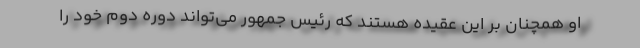
او همچنان بر این عقیده هستند که رئیس جمهور می‌تواند دوره دوم خود را